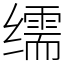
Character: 𦈡